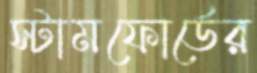
স্টামফোর্ডের